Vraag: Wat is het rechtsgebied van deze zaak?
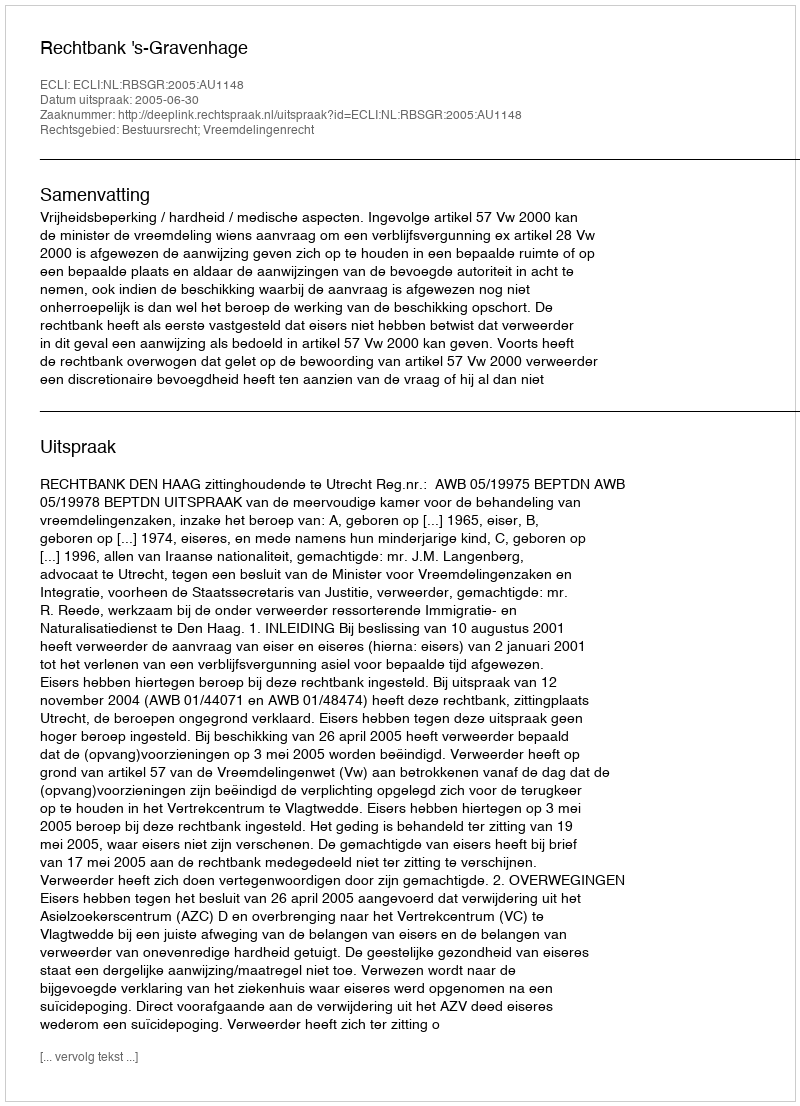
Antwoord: Bestuursrecht; Vreemdelingenrecht